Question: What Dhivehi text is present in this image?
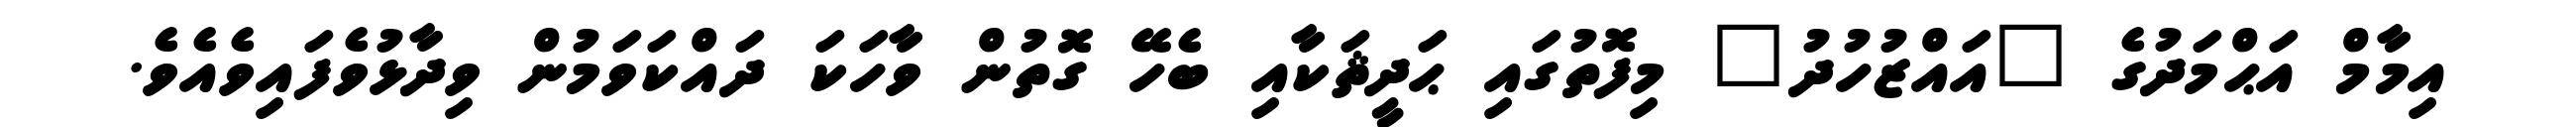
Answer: އިމާމް އަޙްމަދުގެ "އައްޒުހުދު" މިފޮތުގައި ޙަދީޘަކާއި ބެހޭ ގޮތުން ވާހަކަ ދައްކަވަމުން ވިދާޅުވެފައިވެއެވެ.